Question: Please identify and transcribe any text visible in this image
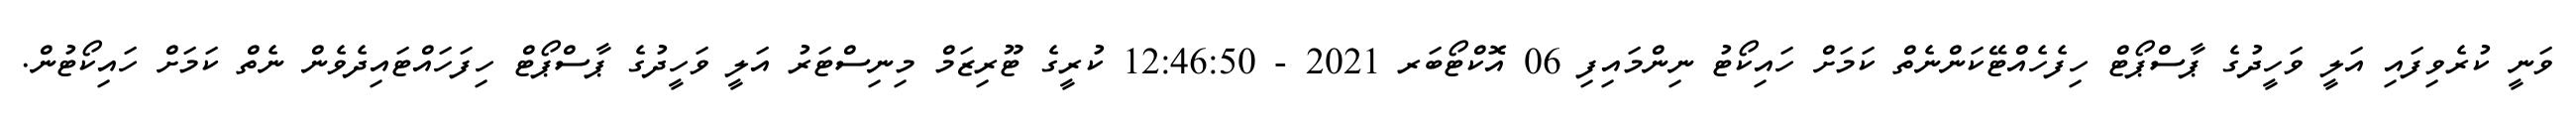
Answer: ވަނީ ކުރެވިފައި އަލީ ވަހީދުގެ ޕާސްޕޯޓް ހިފެހެއްޓޭކަންނެތް ކަމަށް ހައިކޯޓު ނިންމައިފި 06 އޮކްޓޯބަރ 2021 - 12:46:50 ކުރީގެ ޓޫރިޒަމް މިނިސްޓަރު އަލީ ވަހީދުގެ ޕާސްޕޯޓް ހިފަހައްޓައިދެވެން ނެތް ކަމަށް ހައިކޯޓުން.